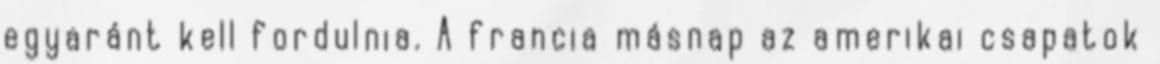
egyaránt kell fordulnia. A francia másnap az amerikai csapatok